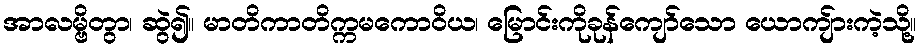
အာလမ္ဗိတွာ၊ ဆွဲ၍။ မာတိကာတိက္ကမကောဝိယ၊ မြောင်းကိုခုန်ကျော်သော ယောကျ်ားကဲ့သို့။